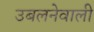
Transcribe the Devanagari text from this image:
उबलनेवाली